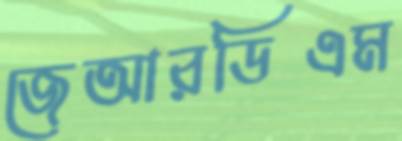
জেআরডিএম